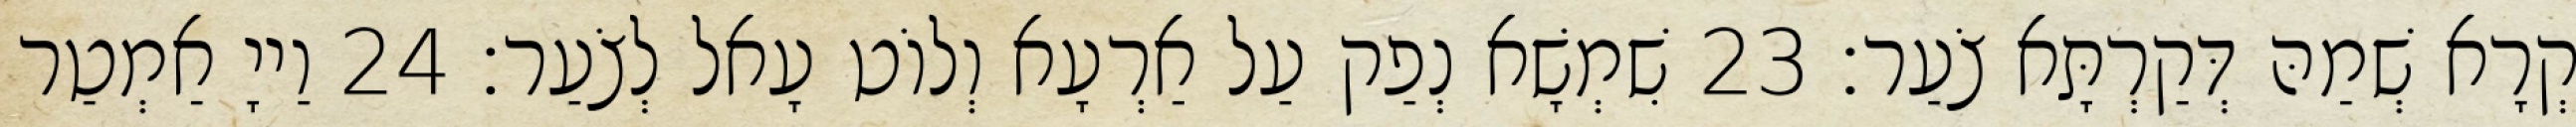
קְרָא שְׁמַהּ דְּקַרְתָּא צֹעַר׃ 23 שִׁמְשָׁא נְפַק עַל אַרְעָא וְלוֹט עָאל לְצֹעַר׃ 24 וַייָ אַמְטַר